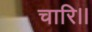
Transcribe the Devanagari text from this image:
चारि।।